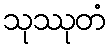
သုဿုတံ